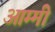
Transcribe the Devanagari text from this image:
आम्मी